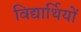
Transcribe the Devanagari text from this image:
विद्यार्थियों